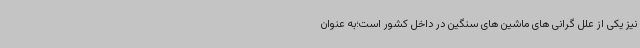
نیز یکی از علل گرانی های ماشین های سنگین در داخل کشور است؛به عنوان